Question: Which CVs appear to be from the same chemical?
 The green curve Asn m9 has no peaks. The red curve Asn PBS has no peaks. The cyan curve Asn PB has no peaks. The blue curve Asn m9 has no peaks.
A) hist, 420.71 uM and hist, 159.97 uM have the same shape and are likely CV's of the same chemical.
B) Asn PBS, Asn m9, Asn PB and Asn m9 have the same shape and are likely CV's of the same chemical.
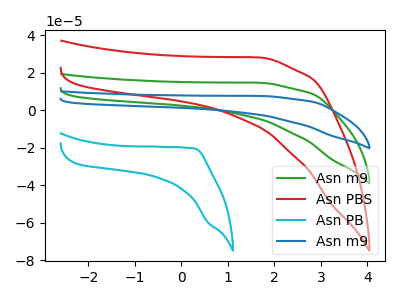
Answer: <think>Neither "Asn m9" or "Asn PBS" have any peaks. Neither "Asn m9" or "Asn PB" have any peaks. Neither "Asn m9" or "Asn m9" have any peaks. Neither "Asn PBS" or "Asn PB" have any peaks. Neither "Asn PBS" or "Asn m9" have any peaks. Neither "Asn PB" or "Asn m9" have any peaks.
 </think>
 <answer>B) "Asn PBS", "Asn m9", "Asn PB" and "Asn m9" have the same shape and are likely CV's of the same chemical.</answer>
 <eval>B</eval>